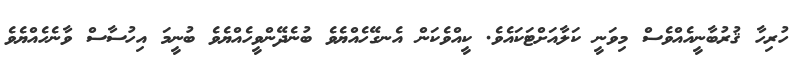
ހުރިހާ ޤުރުބާނީއެއްވެސް މިވަނީ ކަލާއަށްޓަކައެވެ. ކީއްވެކަން އެނގޭހެއްޔެވެ ބުނެދޭންވީހެއްޔެވެ ބުނީމަ އިހުސާސް ވާނެހެއްޔެވެ